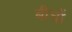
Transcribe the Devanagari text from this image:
बीघों